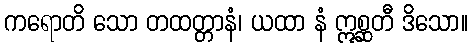
ကရောတိ သော တထတ္တာနံ၊ ယထာ နံ ဣစ္ဆတီ ဒိသော။